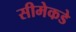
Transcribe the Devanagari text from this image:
सीमेकडे